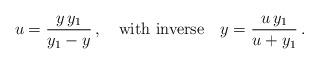
LaTeX: \begin{align*}u=\frac{y\,y_1}{y_1-y}\,,\quad\mbox{with inverse} \quad y=\frac{u\,y_1}{u+y_1}\,. \end{align*}